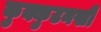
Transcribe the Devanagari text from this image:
कुक्कुटनखी